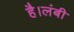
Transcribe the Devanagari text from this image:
है।लंबी